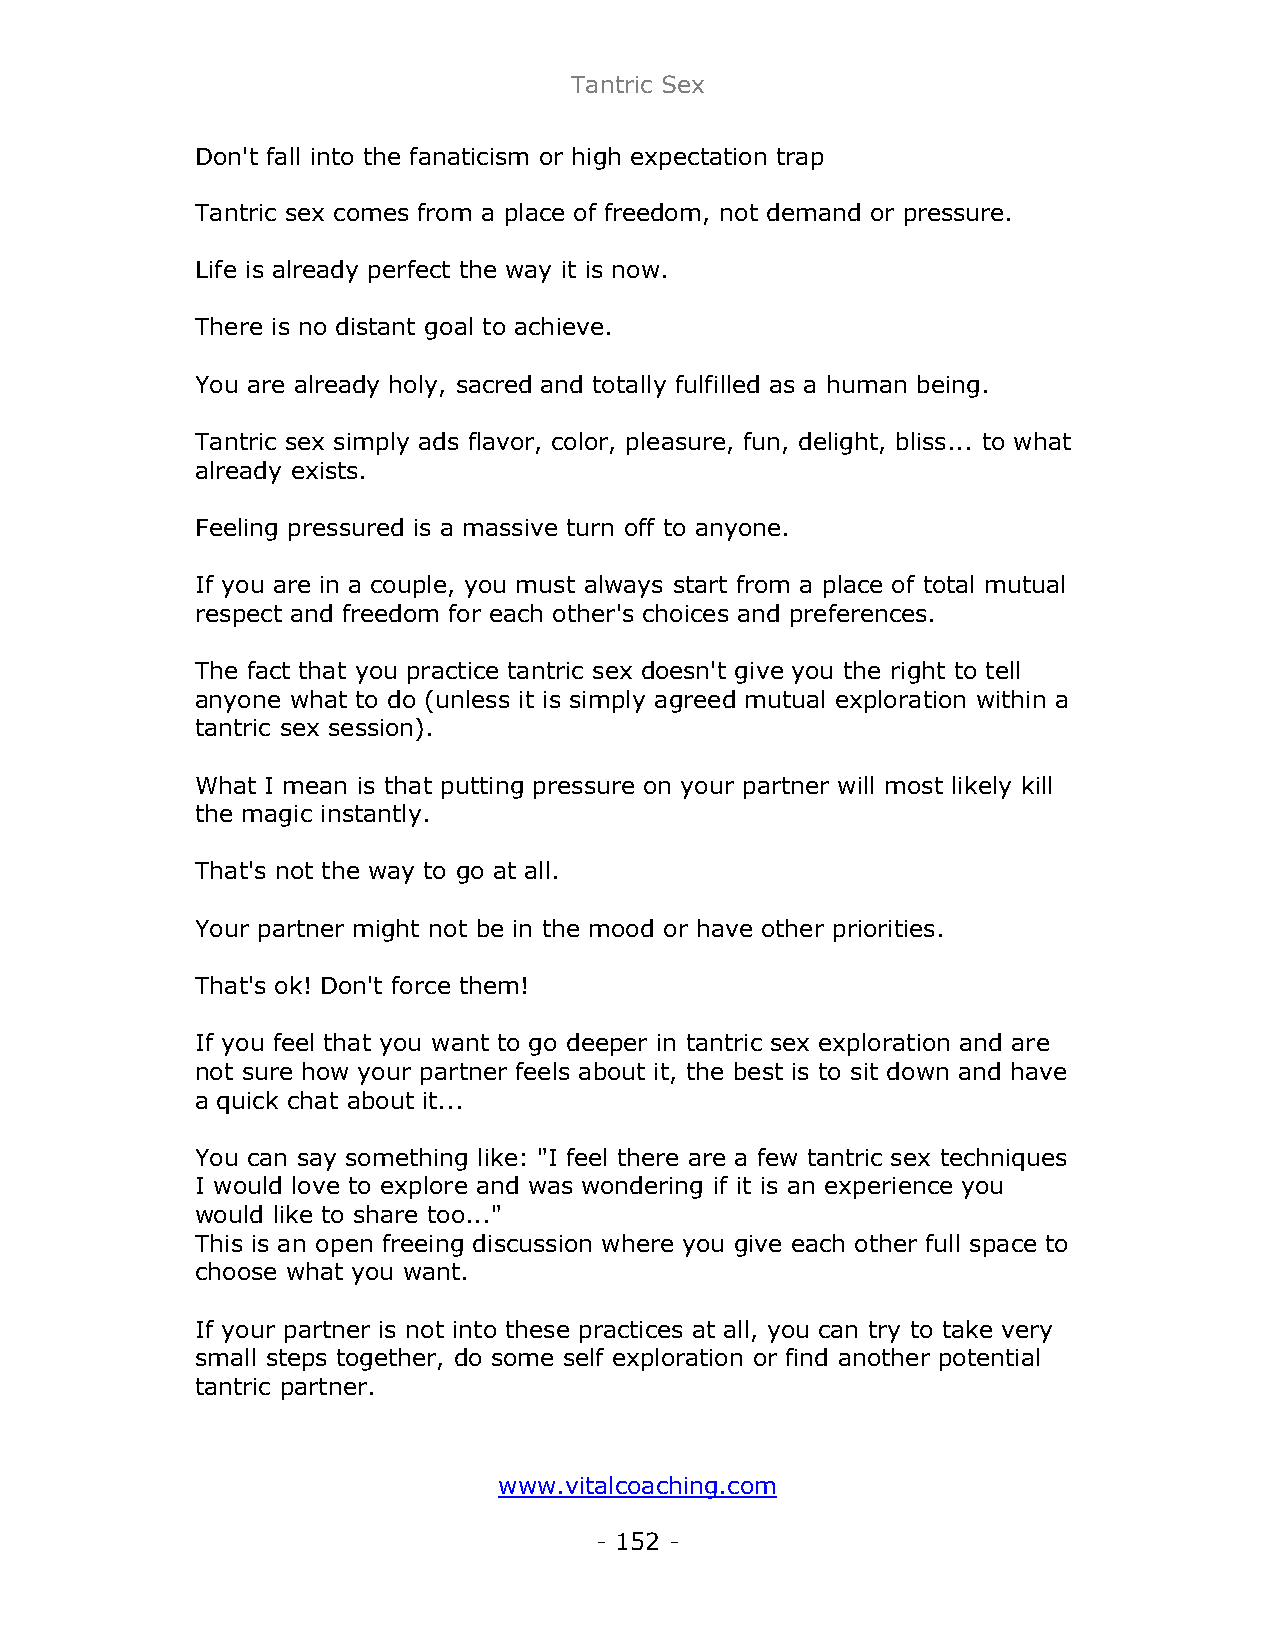
Tantric Sex
 Don't fall into the fanaticism or high expectation trap
 Tantric sex comes from a place of freedom, not demand or pressure.
 Life is already perfect the way it is now.
 There is no distant goal to achieve.
 You are already holy, sacred and totally fulfilled as a human being.
 Tantric sex simply ads flavor, color, pleasure, fun, delight, bliss... to what
 already exists.
 Feeling pressured is a massive turn off to anyone.
 If you are in a couple, you must always start from a place of total mutual
 respect and freedom for each other's choices and preferences.
 The fact that you practice tantric sex doesn't give you the right to tell
 anyone what to do (unless it is simply agreed mutual exploration within a
 tantric sex session).
 What I mean is that putting pressure on your partner will most likely kill
 the magic instantly.
 That's not the way to go at all.
 Your partner might not be in the mood or have other priorities.
 That's ok! Don't force them!
 If you feel that you want to go deeper in tantric sex exploration and are
 not sure how your partner feels about it, the best is to sit down and have
 a quick chat about it...
 You can say something like: "I feel there are a few tantric sex techniques
 I would love to explore and was wondering if it is an experience you
 would like to share too..."
 This is an open freeing discussion where you give each other full space to
 choose what you want.
 If your partner is not into these practices at all, you can try to take very
 small steps together, do some self exploration or find another potential
 tantric partner.
 www.vitalcoaching.com
 - 152 -